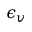
\epsilon _ { v }